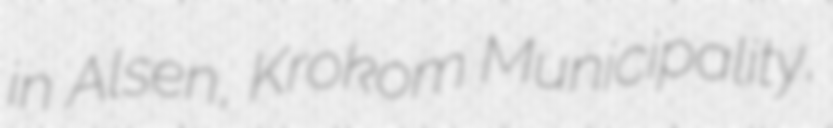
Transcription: in Alsen, Krokom Municipality,